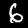
Label: 6